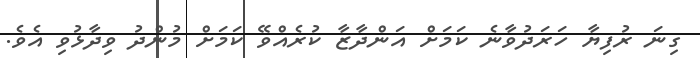
ގިނަ ރުފިޔާ ހަރަދުވާނެ ކަމަށް އަންދާޒާ ކުރެއްވޭ ކަމަށް މުންދު ވިދާޅުވި އެވެ.